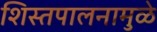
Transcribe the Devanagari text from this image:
शिस्तपालनामुळे